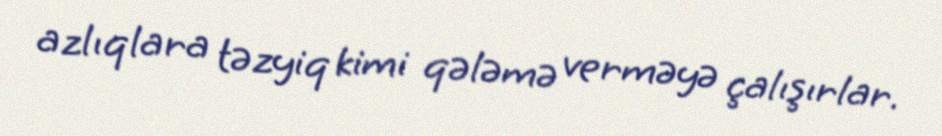
azlıqlara təzyiq kimi qələmə verməyə çalışırlar.